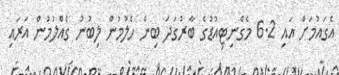
އެގައުމަށް އައި 6.2 މެގްނިޓިއުޑުގެ ބާރުގަދަ ބިން ހެލުމުން ލިބުނު ގެއްލުމުން އަރައި